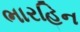
ભારહિન